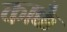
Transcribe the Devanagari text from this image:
काक्कै